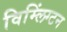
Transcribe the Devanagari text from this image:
विम्लिंग्टन